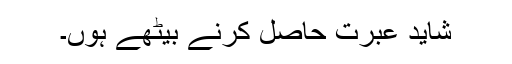
شاید عبرت حاصل کرنے بیٹھے ہوں۔